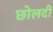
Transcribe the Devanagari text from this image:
छोलदी